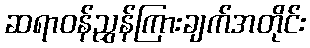
ဆရာဝန်ညွှန်ကြားချက်အတိုင်း